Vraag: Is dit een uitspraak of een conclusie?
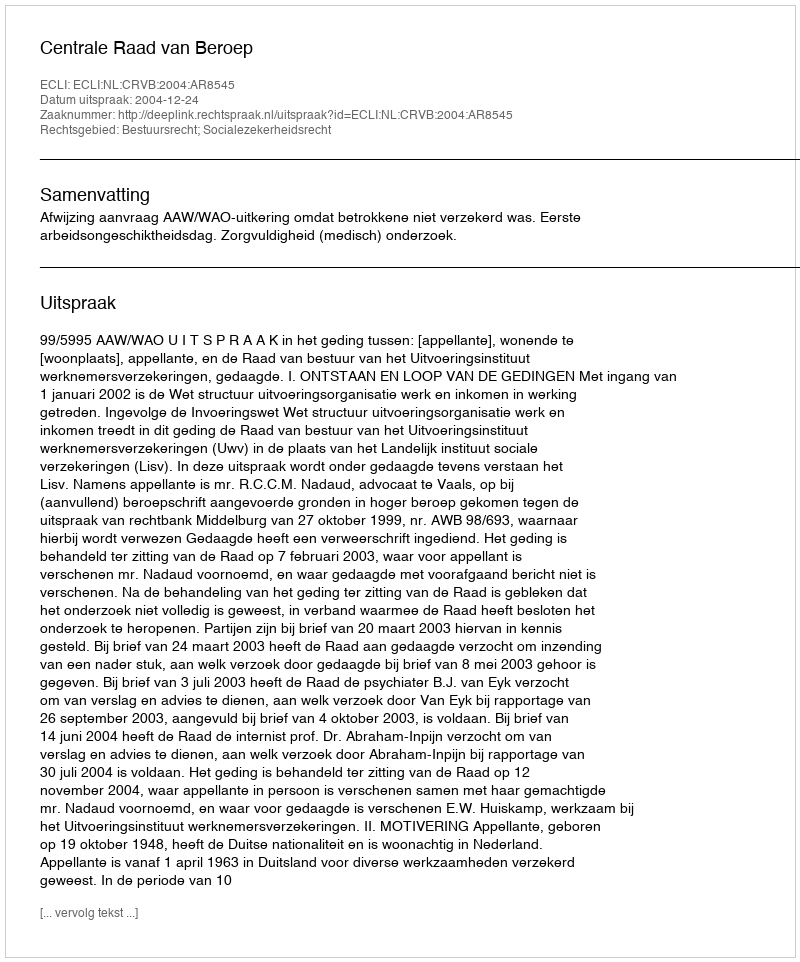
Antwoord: Uitspraak